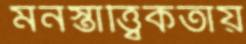
মনস্তাত্ত্বিকতায়